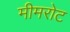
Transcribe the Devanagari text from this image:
मीमरोट